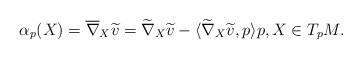
LaTeX: \begin{align*}\alpha_p(X) = \overline{\nabla}_X \widetilde{v} = \widetilde{\nabla}_X \widetilde{v} - \langle \widetilde{\nabla}_X \widetilde{v}, p \rangle p, X \in T_p M.\end{align*}